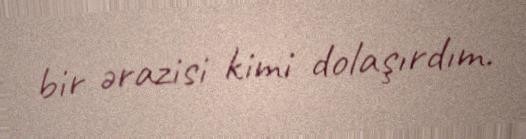
bir ərazisi kimi dolaşırdım.